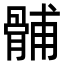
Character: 䯙